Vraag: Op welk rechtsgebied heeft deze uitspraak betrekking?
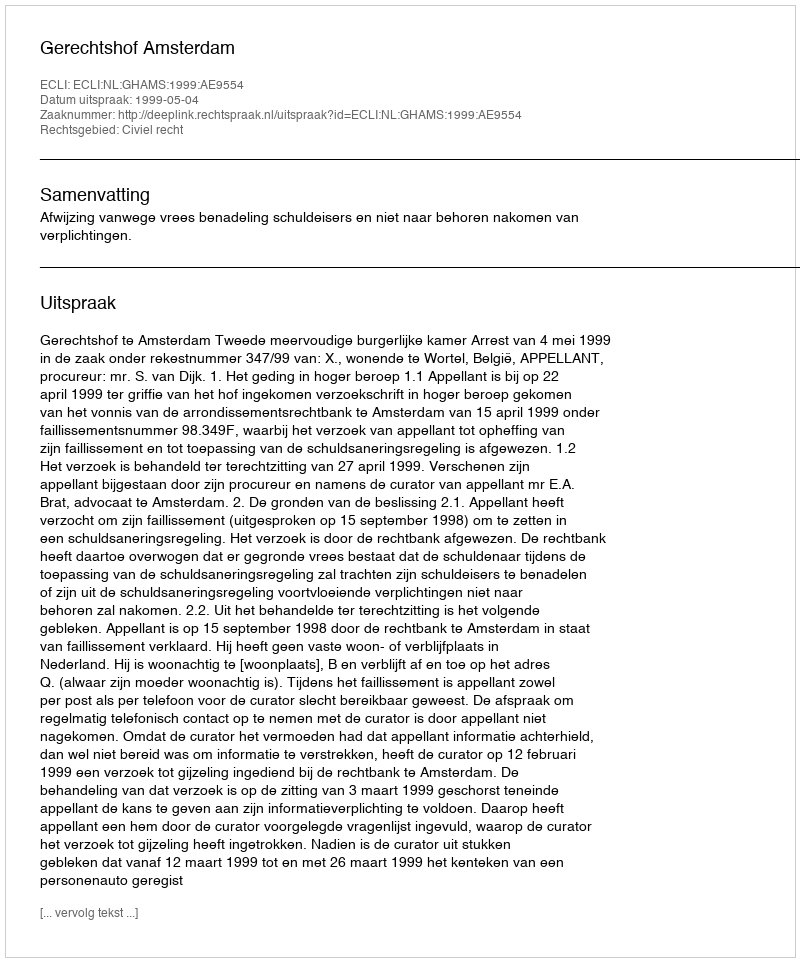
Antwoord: Civiel recht